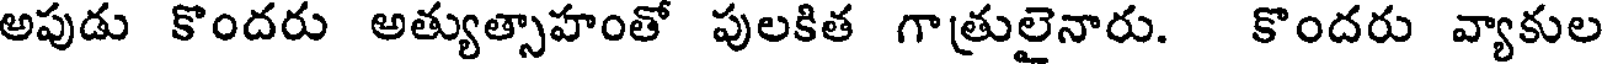
అపుడు కొందరు అత్యుత్సాహంతో పులకిత గాత్రులైనారు. కొందరు వ్యాకుల